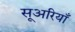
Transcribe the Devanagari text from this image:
सूअरियाँ